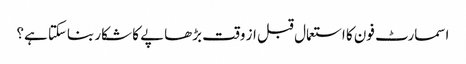
اسمارٹ فون کا استعمال قبل از وقت بڑھاپے کا شکار بناسکتا ہے؟